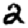
Digit: 2